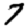
Digit: 7